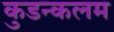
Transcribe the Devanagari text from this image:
कुडन्कलम